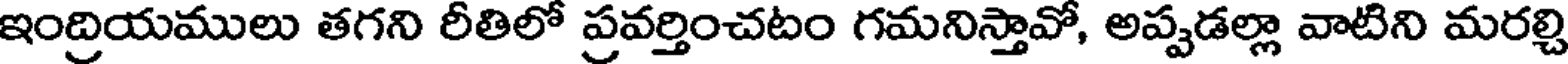
ఇంద్రియములు తగని రీతిలో ప్రవర్తించటం గమనిస్తావో, అప్పడల్లా వాటిని మరల్చి